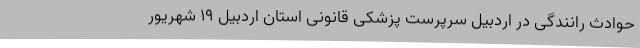
حوادث رانندگی در اردبیل سرپرست پزشکی قانونی استان اردبیل 19 شهریور